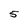
Character: 5